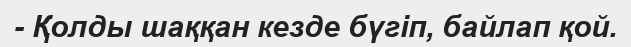
- Қолды шаққан кезде бүгіп, байлап қой.